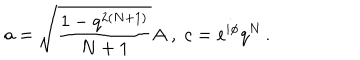
LaTeX: a = \sqrt { \frac { 1 - q ^ { 2 ( N + 1 ) } } { N + 1 } } A \; , \; c = e ^ { i \phi } q ^ { N } \, .